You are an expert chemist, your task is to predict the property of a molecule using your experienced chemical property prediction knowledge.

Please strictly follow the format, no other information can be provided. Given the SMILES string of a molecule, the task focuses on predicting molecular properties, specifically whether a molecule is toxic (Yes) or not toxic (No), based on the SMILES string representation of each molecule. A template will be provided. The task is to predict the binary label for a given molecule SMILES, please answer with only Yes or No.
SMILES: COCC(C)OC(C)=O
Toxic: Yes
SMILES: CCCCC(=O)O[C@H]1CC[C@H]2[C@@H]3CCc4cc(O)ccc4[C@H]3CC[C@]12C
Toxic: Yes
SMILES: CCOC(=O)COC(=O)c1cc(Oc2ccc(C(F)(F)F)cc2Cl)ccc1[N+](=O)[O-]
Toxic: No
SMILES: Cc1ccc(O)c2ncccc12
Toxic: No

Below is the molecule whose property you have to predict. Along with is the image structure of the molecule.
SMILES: COP(=S)(OC)Oc1ccc(S(N)(=O)=O)cc1
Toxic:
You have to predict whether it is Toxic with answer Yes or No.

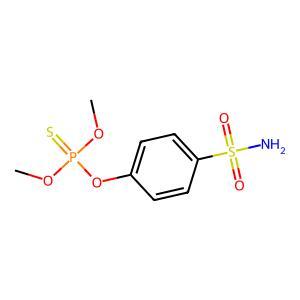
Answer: No